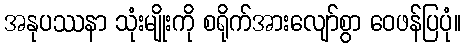
အနုပဿနာ သုံးမျိုးကို စရိုက်အားလျော်စွာ ဝေဖန်ပြပုံ။